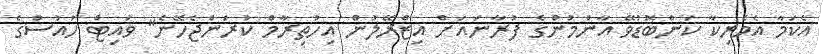
އެކަމާ އެމެރިކާ ކަންބޮޑުވޭ އާންމުންގެ ފުރާނައަށް އިޒްރޭލުން އިހުތިރާމް ކުރަންޖެހޭނެ" ވައިޓް ހައުސްގެ